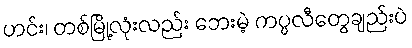
ဟင်း၊ တစ်မြို့လုံးလည်း ဘေးမဲ့ ကပ္ပလီတွေချည်းပဲ